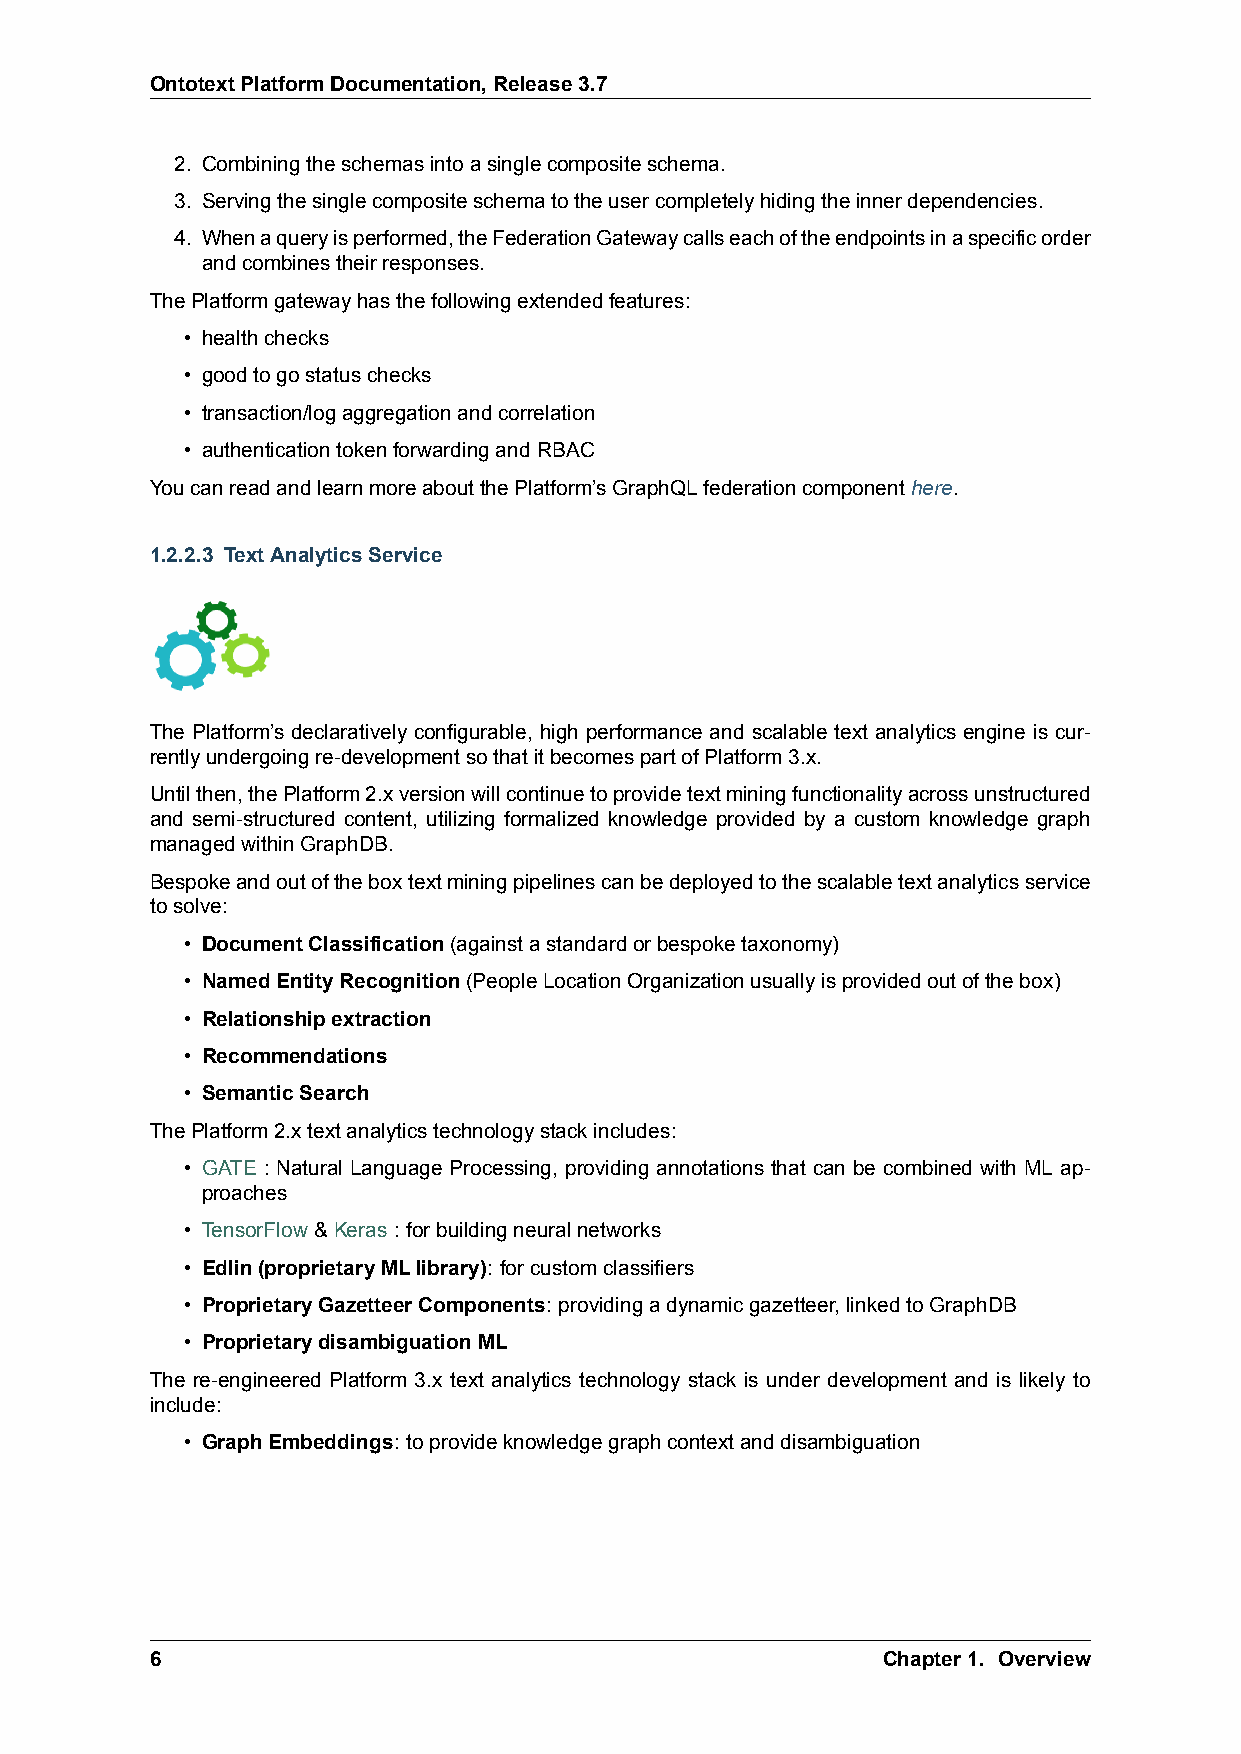
OntotextPlatformDocumentation,Release3.7
 2. Combiningtheschemasintoasinglecompositeschema.
 3. Servingthesinglecompositeschematotheusercompletelyhidingtheinnerdependencies.
 4. Whenaqueryisperformed,theFederationGatewaycallseachoftheendpointsinaspecificorder
 andcombinestheirresponses.
 ThePlatformgatewayhasthefollowingextendedfeatures:
 • healthchecks
 • goodtogostatuschecks
 • transaction/logaggregationandcorrelation
 • authenticationtokenforwardingandRBAC
 YoucanreadandlearnmoreaboutthePlatform’sGraphQLfederationcomponenthere.
 1.2.2.3 TextAnalyticsService
 The Platform’s declaratively configurable, high performance and scalable text analytics engine is cur-
 rentlyundergoingre-developmentsothatitbecomespartofPlatform3.x.
 Untilthen,thePlatform2.xversionwillcontinuetoprovidetextminingfunctionalityacrossunstructured
 and semi-structured content, utilizing formalized knowledge provided by a custom knowledge graph
 managedwithinGraphDB.
 Bespokeandoutoftheboxtextminingpipelinescanbedeployedtothescalabletextanalyticsservice
 tosolve:
 • DocumentClassification(againstastandardorbespoketaxonomy)
 • NamedEntityRecognition(PeopleLocationOrganizationusuallyisprovidedoutofthebox)
 • Relationshipextraction
 • Recommendations
 • SemanticSearch
 ThePlatform2.xtextanalyticstechnologystackincludes:
 • GATE : Natural Language Processing, providing annotations that can be combined with ML ap-
 proaches
 • TensorFlow&Keras: forbuildingneuralnetworks
 • Edlin(proprietaryMLlibrary): forcustomclassifiers
 • ProprietaryGazetteerComponents: providingadynamicgazetteer,linkedtoGraphDB
 • ProprietarydisambiguationML
 The re-engineered Platform 3.x text analytics technology stack is under development and is likely to
 include:
 • GraphEmbeddings: toprovideknowledgegraphcontextanddisambiguation
 6                                               Chapter1. Overview